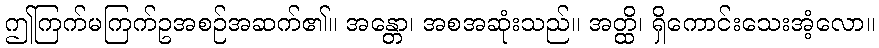
ဤကြက်မကြက်ဥအစဉ်အဆက်၏။ အန္တော၊ အစအဆုံးသည်။ အတ္ထိ၊ ရှိကောင်းသေးအံ့လော။